Indian journal of veterinary science and animal husbandry - Volumes 24-25, 1954-1955
Year: 1954
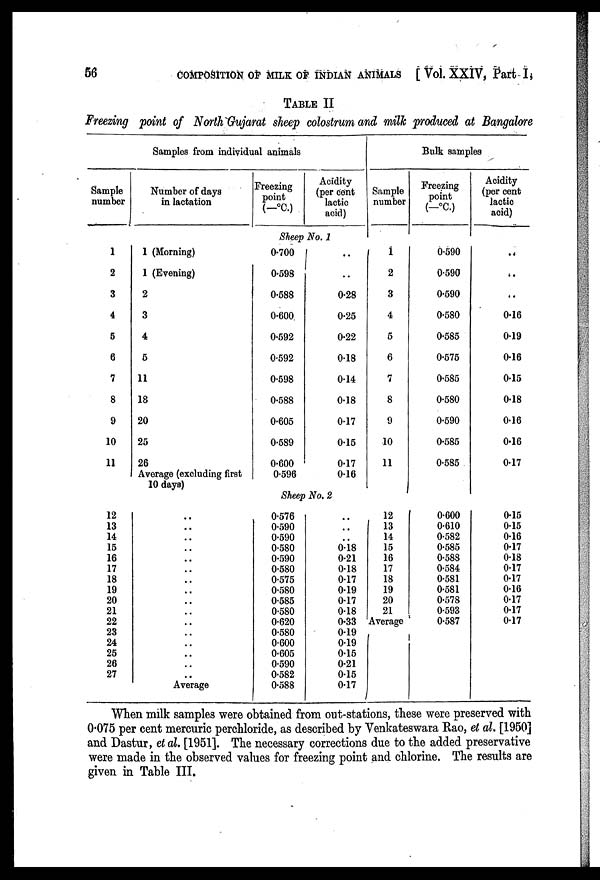
56
COMPOSITION OF MILK OF INDIAN ANIMALS [ Vol. XXIV, Part I,
TABLE II
Freezing point of North Gujarat sheep colostrum and milk produced at Bangalore
Sample
number
1
2
3
4
5
6
7
8
9
10
11
12
13
14
15
16
17
18
19
20
21
22
23
24
25
26
27
Samples from individual animals
Number of days
in lactation
1 (Morning)
1 (Evening)
2
3
4
5
11
18
20
25
26
Average (excluding first
10 days)
..
..
..
..
..
..
..
..
..
..
..
..
..
..
..
..
Average
Freezing
point
(—°C. )
Acidity
(per cent
lactic
acid)
Sheep No. 1
0.700
0.598
0.588
0.600
0.592
0.592
0.598
0.588
0.605
0.589
0.600
0.596
..
..
0.28
0.25
0.22
0.18
0.14
0.18
0.17
0.15
0.17
0.16
Sheep No. 2
0.576
0.590
0.590
0.580
0.590
0.580
0.575
0.580
0.585
0.580
0.620
0.580
0.600
0.605
0.590
0.582
0.588
..
..
..
0.18
0.21
0.18
0.17
0.19
0.17
0.18
0.33
0.19
0.19
0.15
0.21
0.15
0.17
Sample
number
1
2
3
4
5
6
7
8
9
10
11
12
13
14
15
16
17
18
19
20
21
Average
Bulk samples
Freezing
point
(—°C.)
0.590
0.590
0.590
0.580
0.585
0.575
0.585
0.580
0.590
0.585
0.585
0.600
0.610
0.582
0.585
0.588
0.584
0.581
0.581
0.578
0.593
0.587
Acidity
(per cent
lactic
acid)
..
..
..
0.16
0.19
0.16
0.15
0.18
0.16
0.16
0.17
0.15
0.15
0.16
0.17
0.18
0.17
0.17
0.16
0.17
0.17
0.17
When milk samples were obtained from out-stations, these were preserved with
0.075 per cent mercuric perchloride, as described by Venkateswara Rao, et al. [1950]
and Dastur, et al. [1951]. The necessary corrections due to the added preservative
were made in the observed values for freezing point and chlorine. The results are
given in Table III.